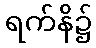
ရက်နိ၌